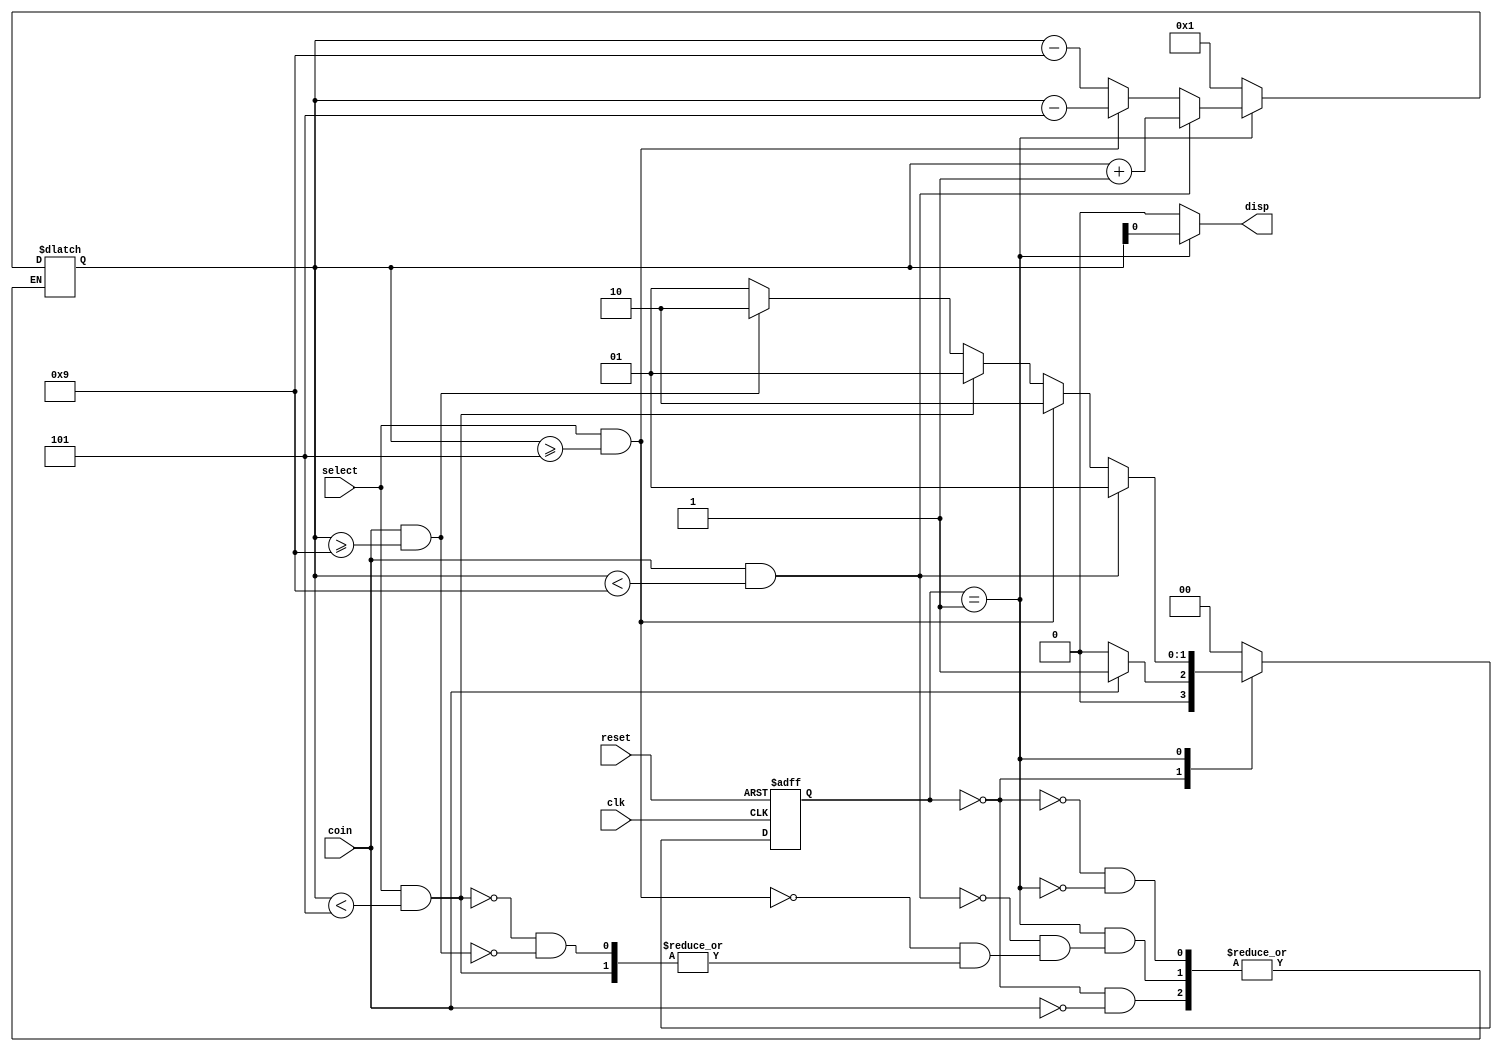
`timescale 1ns / 1ps
//////////////////////////////////////////////////////////////////////////////////
// Company: 
// Engineer: 
// 
// Design Name: 
// Module Name:    vending_machine 
// Project Name: 
// Target Devices: 
// Tool versions: 
// Description: 
//
// Dependencies: 
//
// Revision: 
// Revision 0.01 - File Created
// Additional Comments: 
//
//////////////////////////////////////////////////////////////////////////////////
module vending_machine(
    input clk,        // Clock signal
    input reset,      // Reset signal
    input coin,       // Coin input
    input select,     // Product selection
    output reg disp   // Output display
);

// Vending machine states
parameter IDLE = 2'b00;
parameter WAIT = 2'b01;
parameter DISPENSE = 2'b10;

// Internal signals
reg [1:0] state,next_state;       // Current state
reg [3:0] count;       // Coin count

// State register
always @(posedge clk or posedge reset) begin
    if (reset)
        state <= IDLE;
    else
        state <= next_state;
end

// Next state logic
always @(*) begin
    case (state)
        IDLE:
            if (coin) begin
                count <= 1;
                next_state <= WAIT;
            end
            else
                next_state <= IDLE;
        
        WAIT:
            if (coin && (count < 9)) begin
                count <= count + 1;
                next_state <= WAIT;
            end
            else if (select && (count >= 5)) begin
                count <= count - 5;
                next_state <= DISPENSE;
            end
            else if (select && (count < 5)) begin
                next_state <= WAIT;
            end
            else if (coin && (count >= 9)) begin
                count <= count - 9;
                next_state <= DISPENSE;
            end
            else
                next_state <= WAIT;
        
        DISPENSE:
            next_state <= IDLE;
        
        default:
            next_state <= IDLE;
    endcase
end

// Output display logic
always @(state) begin
    case (state)
        IDLE:
            disp = 0;
        
        WAIT:
            disp = count;
        
        DISPENSE:
            disp = 0;
        
        default:
            disp = 0;
    endcase
end

endmodule